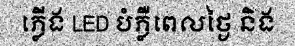
ភ្លើង LED បំភ្លឺពេលថ្ងៃ និង